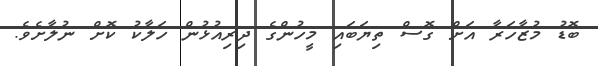
ބޮޑު މުޒާހަރާ އަށް ގޮސް ތިޔަބައި މީހުންގެ ދިރިއުޅުން ހަލާކު ކޮށް ނުލާށެވެ.